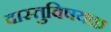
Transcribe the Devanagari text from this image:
वास्तुविषयक